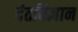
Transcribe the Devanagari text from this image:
दंतविज्ञान